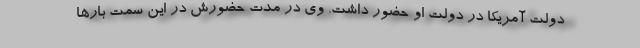
دولت آمریکا در دولت او حضور داشت. وی در مدت حضورش در این سمت بارها